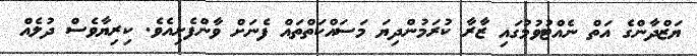
ޔަޒްދާންގެ އަތް ނެއްޓުވުމުގައި ޒާރާ ކުރަމުންދިޔަ މަސައްކަތްތައް ފެނަށް ވާންފެށިއެވެ. ކިރިޔާވެސް ދުލެއް